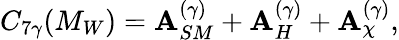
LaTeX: C_{7\gamma}(M_{W})=\mathbf{A}_{SM}^{(\gamma)}+\mathbf{A}_{H}^{(\gamma)}+\mathbf{A}_{\chi}^{(\gamma)},